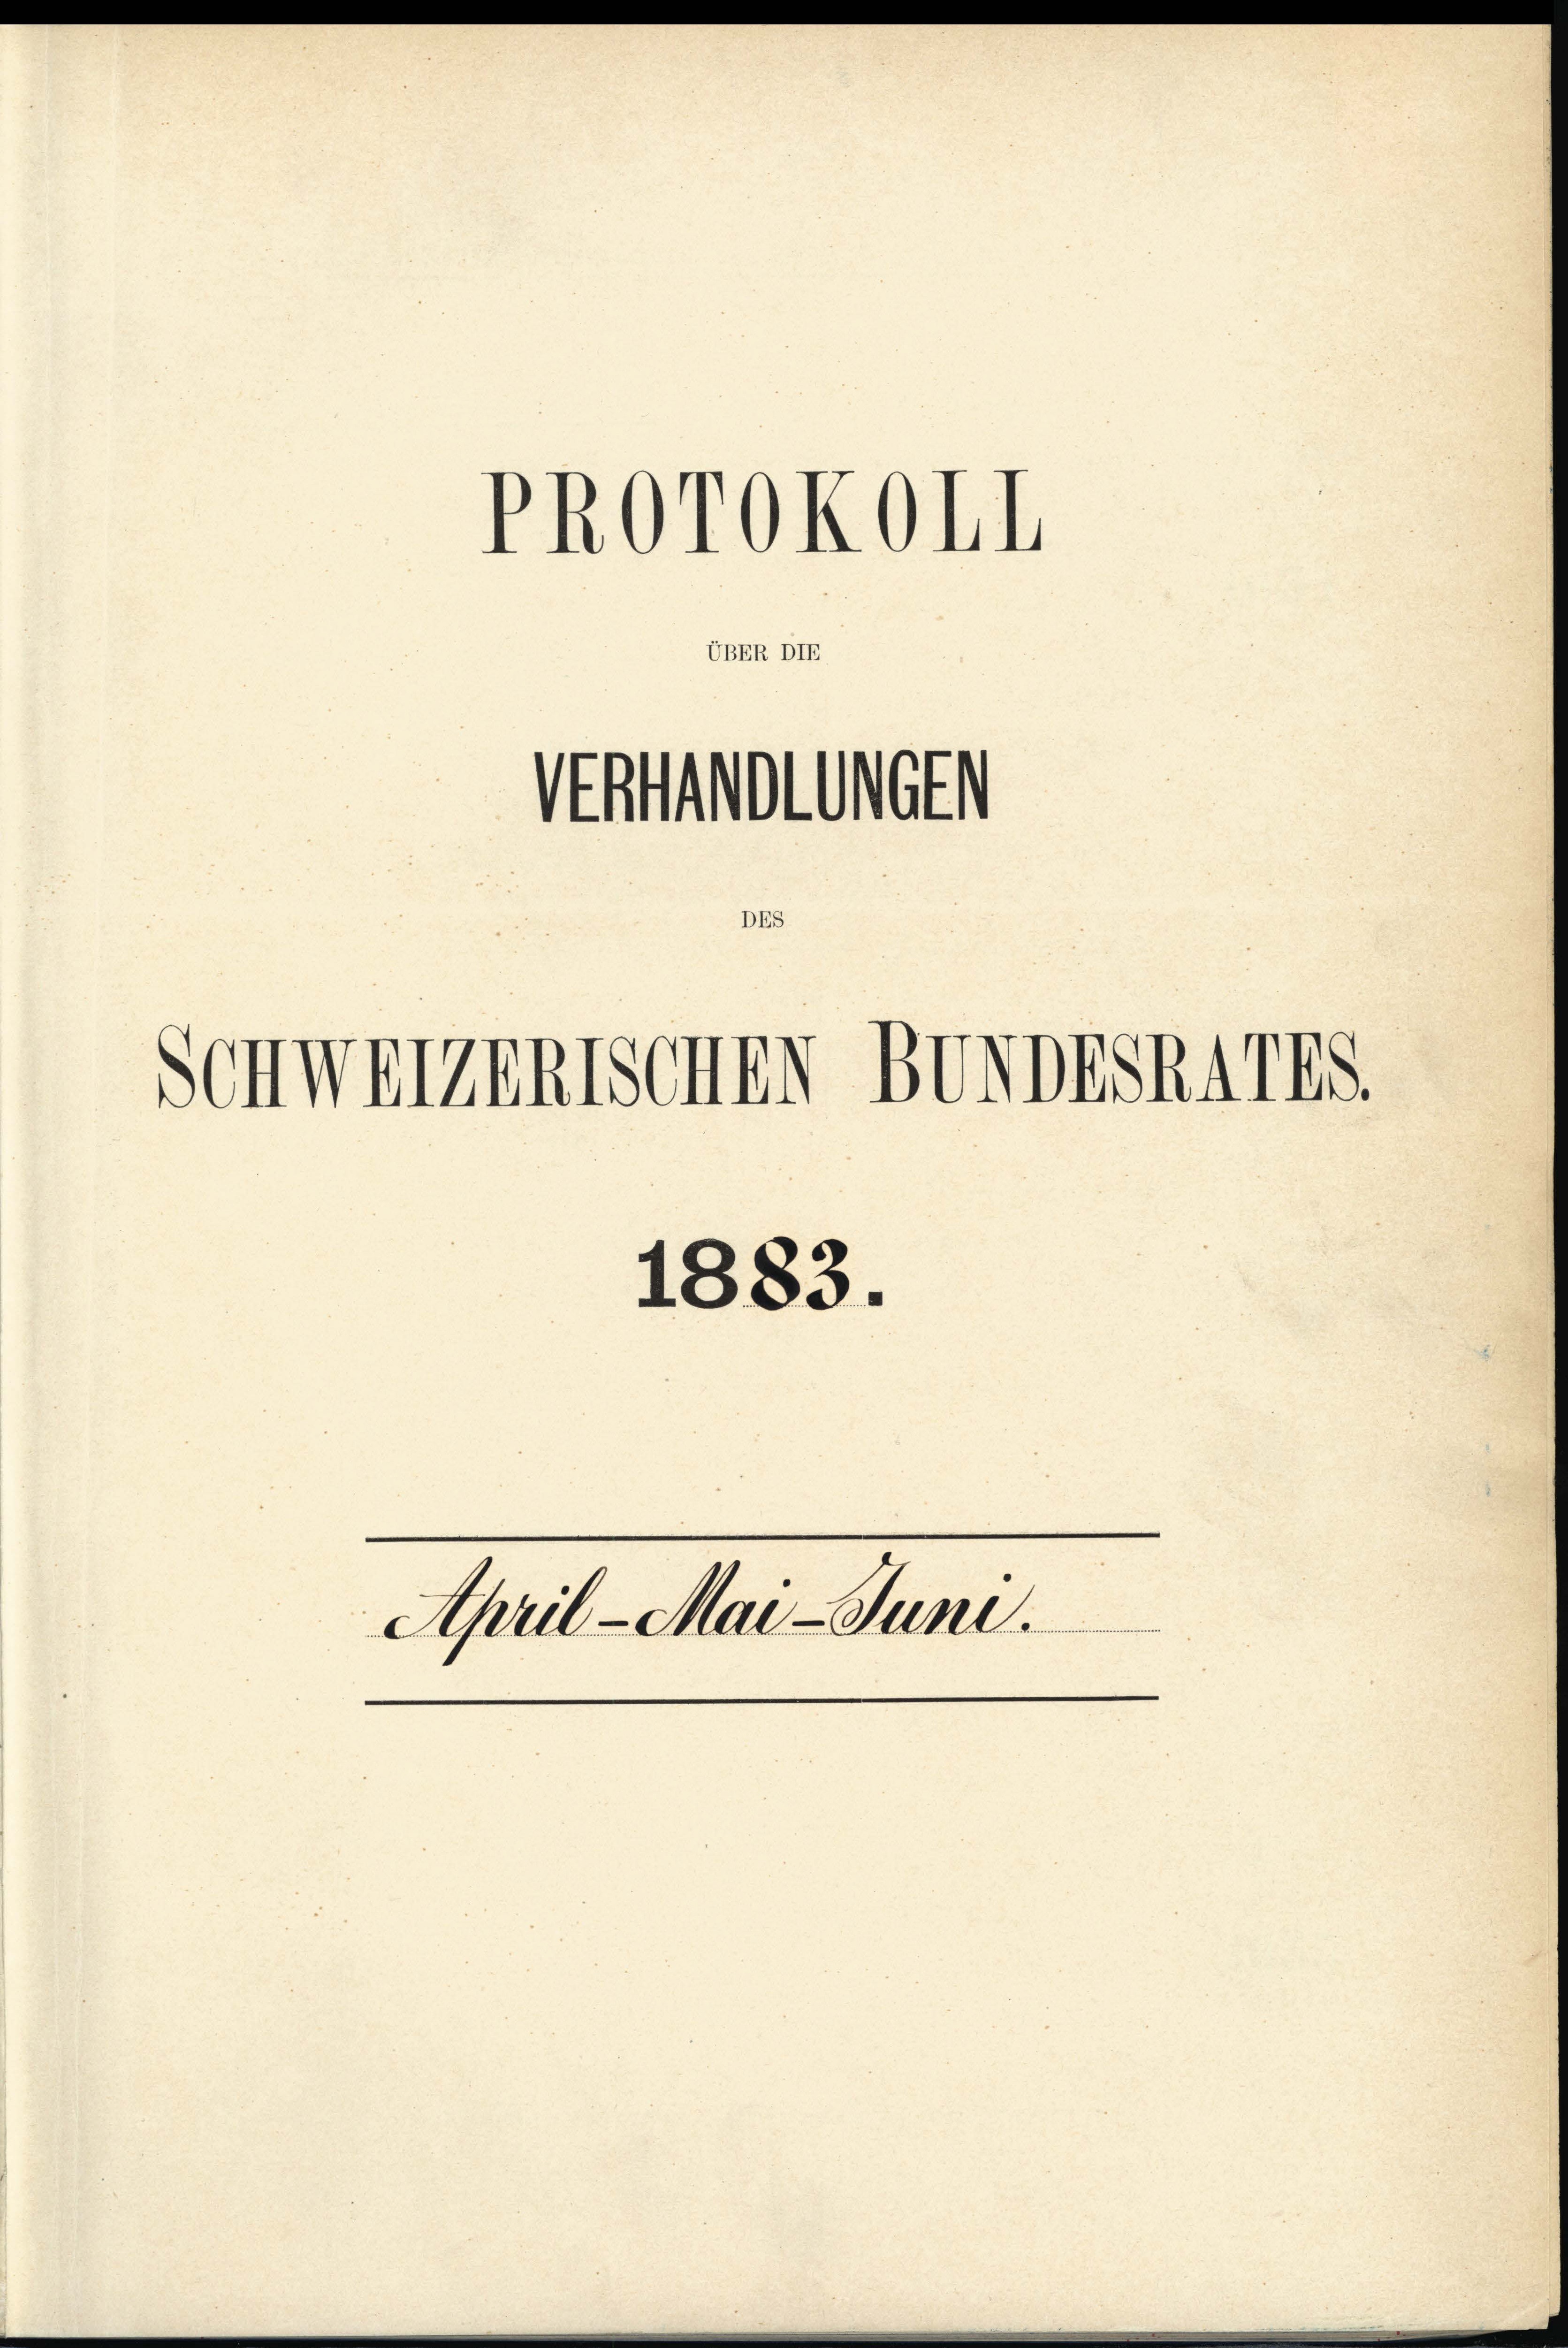
VERHANDLUNGEN

SCHWEIZERISCHEN

PROTOKOLL

UBER DIE

DES

BUNDESRATES.

1883.
April-Mai-Juni.